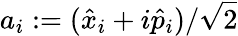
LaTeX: a_{i}:=(\hat{x}_{i}+i\hat{p}_{i})/\sqrt{2}